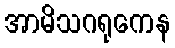
အာမိသဂရုကေန